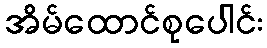
အိမ်ထောင်စုပေါင်း